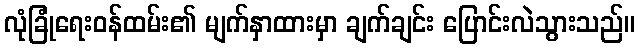
လုံခြုံရေးဝန်ထမ်း၏ မျက်နှာထားမှာ ချက်ချင်း ပြောင်းလဲသွားသည်။